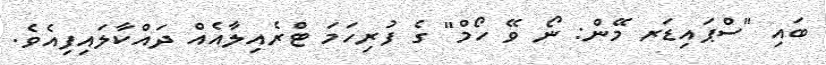
ބައި "ސްޕައިޑަރ މޭން: ނޯ ވޭ ހޯމް" ގެ ފުރިހަމަ ޓްރެއިލާއެއް ދައްކާލައިފިއެވެ.